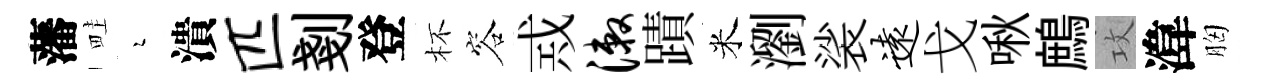
藩畦瑟潰匹剗登杯容𢦶漱蹟米瀏裟远戈啾鷓攻湋胸